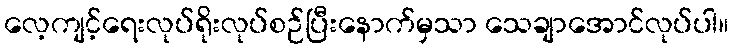
လေ့ကျင့်ရေးလုပ်ရိုးလုပ်စဉ်ပြီးနောက်မှသာ သေချာအောင်လုပ်ပါ။